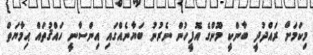
މިކަމަށް ރައްދުދީ ބާންކީ މޫންގެ އޮފީހުން ނެރުނު ބަޔާނެއްގައި އިންސާނީ ހައްޤުތައް ޙިމާޔަތް